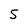
Character: 5